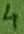
Text: 4